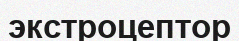
экстроцептор